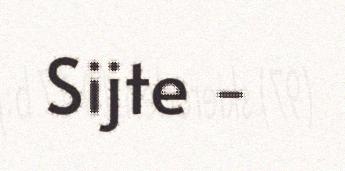
Sijte -